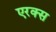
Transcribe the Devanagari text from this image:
एरक्स